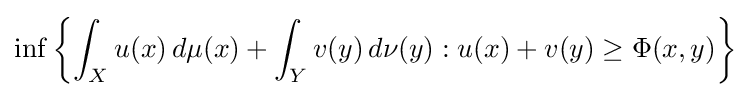
\inf \left\{\int _{X}u(x)\,d\mu (x)+\int _{Y}v(y)\,d\nu (y):u(x)+v(y)\geq \Phi (x,y)\right\}